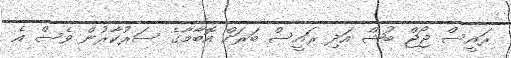
ރައީސް ޖޯޖް ބުޝް އަދި ރައީސް ބަރަކް އޮބާމާގެ ސަރުކާރުން ވެސް އެ